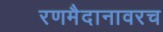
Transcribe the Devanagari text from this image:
रणमैदानावरच